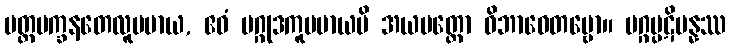
ပတ္တမက္ခနတေလူပမာယ, ဧဝံ မဂ္ဂုဒကူပမာယပိ အယမတ္ထော ဝိဘာဝေတဗ္ဗော။ မဂ္ဂပ္ပဋိပန္နဿ